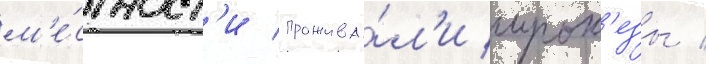
м'е́стност'и прожива́л'и ирок'езы /